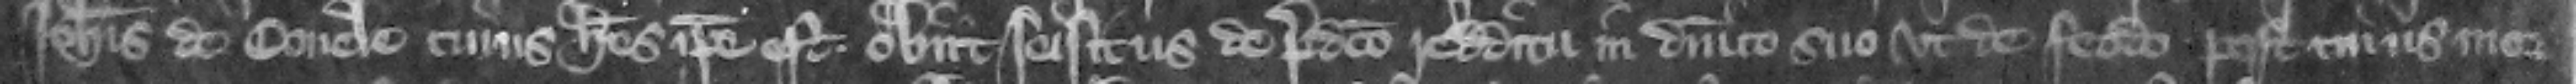
Iohannis de Couele cuius heres ipse este obit seisitus de predicto redditu in dominico suo vt de feodo. post cuius mor